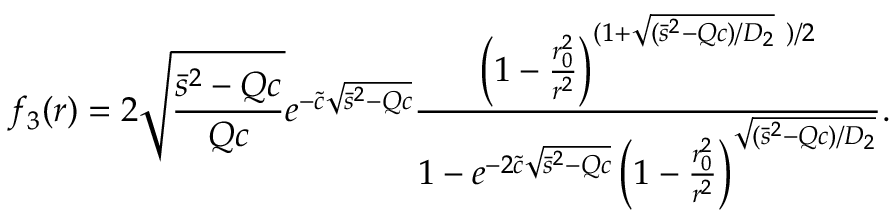
f _ { 3 } ( r ) = 2 \sqrt { \frac { \bar { s } ^ { 2 } - Q c } { Q c } } e ^ { - \tilde { c } \sqrt { \bar { s } ^ { 2 } - Q c } } \frac { \left( 1 - \frac { r _ { 0 } ^ { 2 } } { r ^ { 2 } } \right) ^ { ( 1 + \sqrt { ( \bar { s } ^ { 2 } - Q c ) / D _ { 2 } } \ ) / 2 } } { 1 - e ^ { - 2 \tilde { c } \sqrt { \bar { s } ^ { 2 } - Q c } } \left( 1 - \frac { r _ { 0 } ^ { 2 } } { r ^ { 2 } } \right) ^ { \sqrt { ( \bar { s } ^ { 2 } - Q c ) / D _ { 2 } } } } .